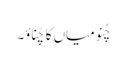
چُنو میاں کا چُناؤ۔